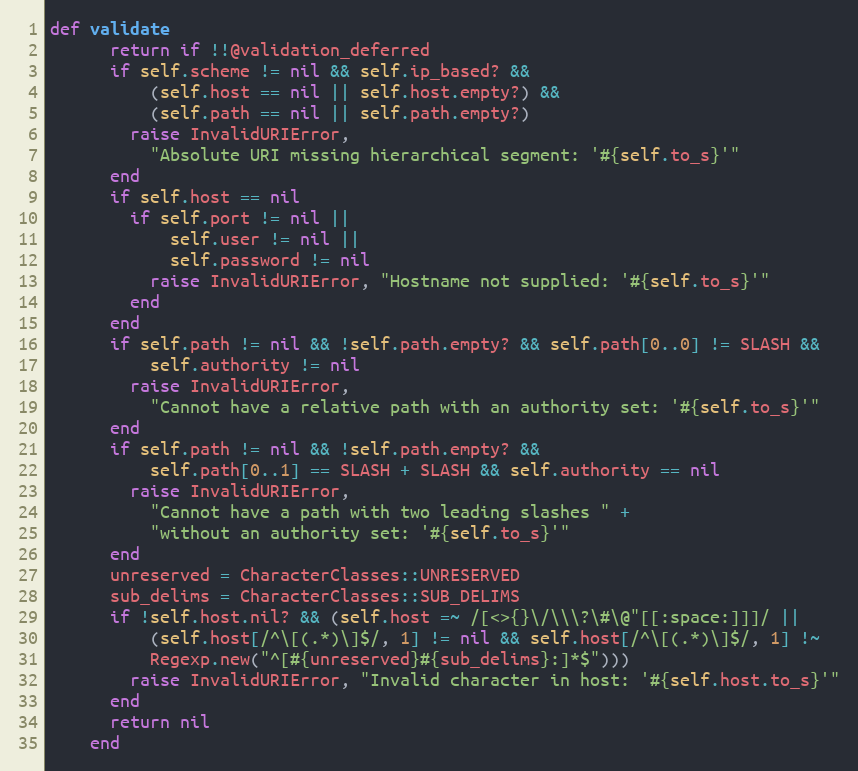
Language: Ruby
def validate
      return if !!@validation_deferred
      if self.scheme != nil && self.ip_based? &&
          (self.host == nil || self.host.empty?) &&
          (self.path == nil || self.path.empty?)
        raise InvalidURIError,
          "Absolute URI missing hierarchical segment: '#{self.to_s}'"
      end
      if self.host == nil
        if self.port != nil ||
            self.user != nil ||
            self.password != nil
          raise InvalidURIError, "Hostname not supplied: '#{self.to_s}'"
        end
      end
      if self.path != nil && !self.path.empty? && self.path[0..0] != SLASH &&
          self.authority != nil
        raise InvalidURIError,
          "Cannot have a relative path with an authority set: '#{self.to_s}'"
      end
      if self.path != nil && !self.path.empty? &&
          self.path[0..1] == SLASH + SLASH && self.authority == nil
        raise InvalidURIError,
          "Cannot have a path with two leading slashes " +
          "without an authority set: '#{self.to_s}'"
      end
      unreserved = CharacterClasses::UNRESERVED
      sub_delims = CharacterClasses::SUB_DELIMS
      if !self.host.nil? && (self.host =~ /[<>{}\/\\\?\#\@"[[:space:]]]/ ||
          (self.host[/^\[(.*)\]$/, 1] != nil && self.host[/^\[(.*)\]$/, 1] !~
          Regexp.new("^[#{unreserved}#{sub_delims}:]*$")))
        raise InvalidURIError, "Invalid character in host: '#{self.host.to_s}'"
      end
      return nil
    end